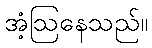
အံ့ဩနေသည်။